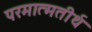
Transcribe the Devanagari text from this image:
परमात्मतीर्थ